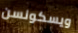
ويسكونسن